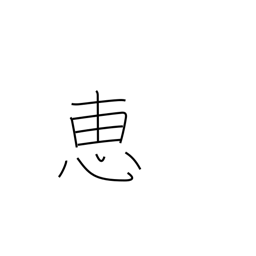
Meaning: favor